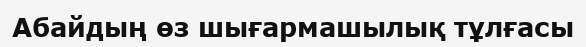
Абайдың өз шығармашылық тұлғасы